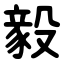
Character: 毅